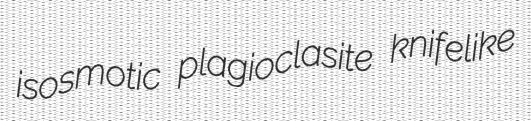
isosmotic plagioclasite knifelike